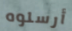
أرسلوه